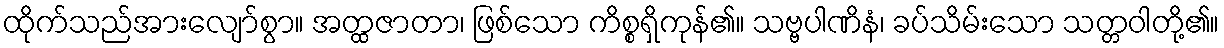
ထိုက်သည်အားလျော်စွာ။ အတ္ထဇာတာ၊ ဖြစ်သော ကိစ္စရှိကုန်၏။ သဗ္ဗပါဏိနံ၊ ခပ်သိမ်းသော သတ္တဝါတို့၏။